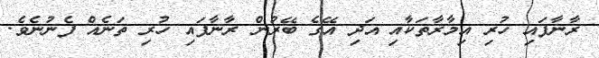
ރާނާފައި ހުރި އިމާރާތަކާއި އަދި އޭގެ ބޭރުން ރާނާފައި ހުރި ތަނެއް ފެނުނެވެ.